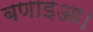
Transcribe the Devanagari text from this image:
बणाइआ।